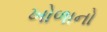
ખોળાનો